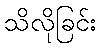
သိလိုခြင်း